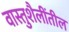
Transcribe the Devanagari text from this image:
वास्तुशैलींतील